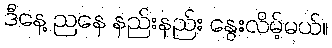
ဒီနေ့ ညနေ နည်းနည်း နွေးလိမ့်မယ်။